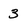
Character: 3